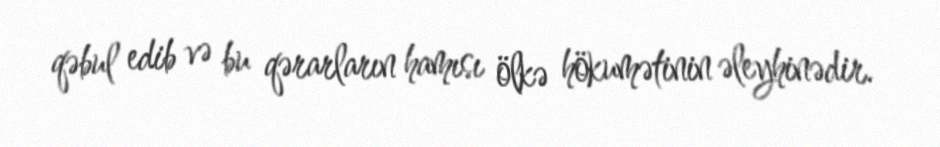
qəbul edib və bu qərarların hamısı ölkə hökumətinin əleyhinədir.